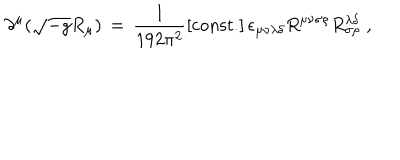
\partial ^ { \mu } ( \sqrt { - g } R _ { \mu } ) \, = \, \frac { 1 } { 1 9 2 \pi ^ { 2 } } \left[ \mathrm { c o n s t . } \right] \epsilon _ { \mu \nu \lambda \delta } R ^ { \mu \nu \sigma \rho } R _ { \sigma \rho } ^ { \lambda \delta } \; ,